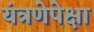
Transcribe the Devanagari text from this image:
यंत्रणेपेक्षा